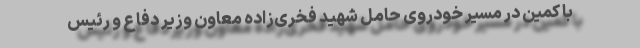
با کمین در مسیر خودروی حامل شهید فخری‌زاده معاون وزیر دفاع و رئیس